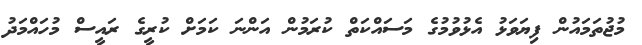
މުޖުތަމައުން ފިޔަވަޅު އެޅުވުމުގެ މަސައްކަތް ކުރަމުން އަންނަ ކަމަށް ކުރީގެ ރައީސް މުހައްމަދު